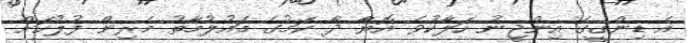
އެ ޑިންގީގެ އިންޖީނު ހަލާކުވެ އޮޔާ ދާ ކަމުގެ މައުލުމާތު މެރިން ފުލުހަށް